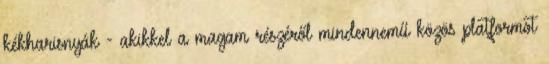
kékharisnyák - akikkel a magam részéről mindennemű közös platformot